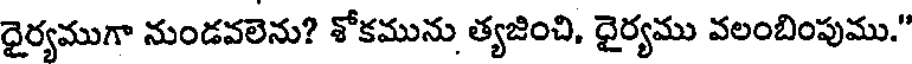
ధైర్యముగా నుండవలెను? శోకమును త్యజించి, ధైర్యము వలంబింపుము."